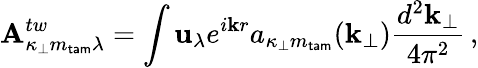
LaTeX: {\mathbf A}_{\kappa_{\perp}m_{\mathsf{tam}}\lambda}^{tw}=\int{\mathbf u}_{\lambda}e^{i{\mathbf kr}}a_{\kappa_{\perp}m_{\mathsf{tam}}}({\mathbf k}_{\perp})\frac{d^{2}{\mathbf k}_{\perp}}{4\pi^{2}}\, ,